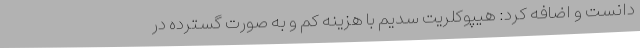
دانست و اضافه کرد: هیپوکلریت سدیم با هزینه کم و به صورت گسترده در